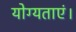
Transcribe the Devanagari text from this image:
योग्यताएं।